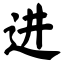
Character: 进